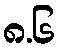
၈.၆